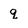
Character: q